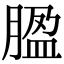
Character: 𦝚